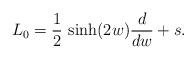
LaTeX: \begin{align*}L_0=\frac{1}{2}\,\sinh(2w)\frac{d}{dw}+s.\end{align*}